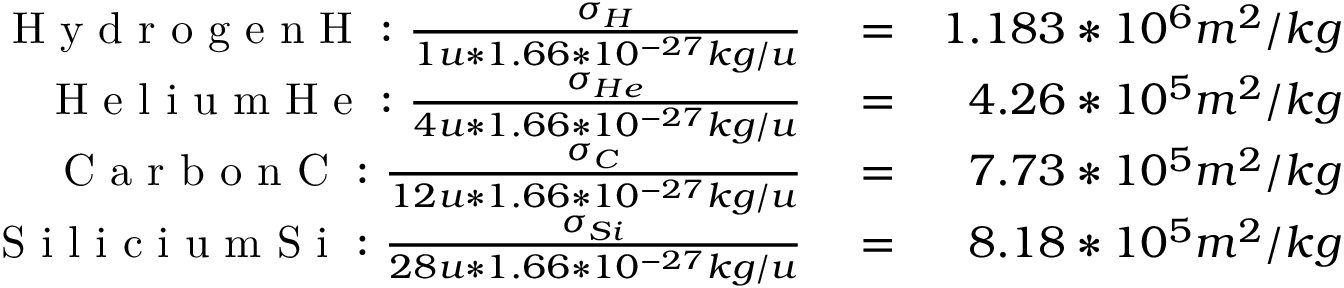
\begin{array} { r l r } { \mathrm { ~ H ~ y ~ d ~ r ~ o ~ g ~ e ~ n ~ H ~ : ~ } \frac { \sigma _ { H } } { 1 u * 1 . 6 6 * 1 0 ^ { - 2 7 } k g / u } } & { { } = } & { 1 . 1 8 3 * 1 0 ^ { 6 } m ^ { 2 } / k g } \\ { \mathrm { ~ H ~ e ~ l ~ i ~ u ~ m ~ H ~ e ~ : ~ } \frac { \sigma _ { H e } } { 4 u * 1 . 6 6 * 1 0 ^ { - 2 7 } k g / u } } & { { } = } & { 4 . 2 6 * 1 0 ^ { 5 } m ^ { 2 } / k g } \\ { \mathrm { ~ C ~ a ~ r ~ b ~ o ~ n ~ C ~ : ~ } \frac { \sigma _ { C } } { 1 2 u * 1 . 6 6 * 1 0 ^ { - 2 7 } k g / u } } & { { } = } & { 7 . 7 3 * 1 0 ^ { 5 } m ^ { 2 } / k g } \\ { \mathrm { ~ S ~ i ~ l ~ i ~ c ~ i ~ u ~ m ~ S ~ i ~ : ~ } \frac { \sigma _ { S i } } { 2 8 u * 1 . 6 6 * 1 0 ^ { - 2 7 } k g / u } } & { { } = } & { 8 . 1 8 * 1 0 ^ { 5 } m ^ { 2 } / k g } \end{array}